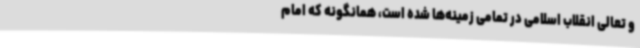
و تعالی انقلاب اسلامی در تمامی زمینه‌ها شده است، همانگونه که امام